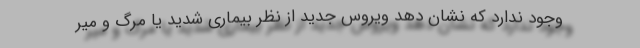
وجود ندارد که نشان دهد ویروس جدید از نظر بیماری شدید یا مرگ و میر